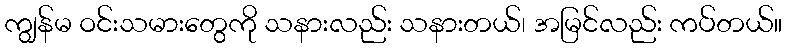
ကျွန်မ ဝင်းသမားတွေကို သနားလည်း သနားတယ်၊ အမြင်လည်း ကပ်တယ်။